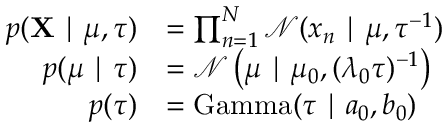
{ \begin{array} { r l } { p ( \mathbf { X } \mid \mu , \tau ) } & { = \prod _ { n = 1 } ^ { N } { \mathcal { N } } ( x _ { n } \mid \mu , \tau ^ { - 1 } ) } \\ { p ( \mu \mid \tau ) } & { = { \mathcal { N } } \left( \mu \mid \mu _ { 0 } , ( \lambda _ { 0 } \tau ) ^ { - 1 } \right) } \\ { p ( \tau ) } & { = \operatorname { G a m m a } ( \tau \mid a _ { 0 } , b _ { 0 } ) } \end{array} }